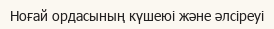
Ноғай ордасының күшеюі және әлсіреуі